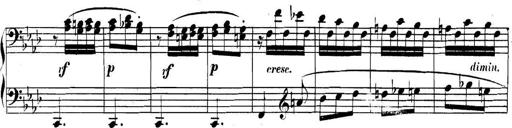
Title: Collected Piano Sonatas
Composer: Muzio Clementi